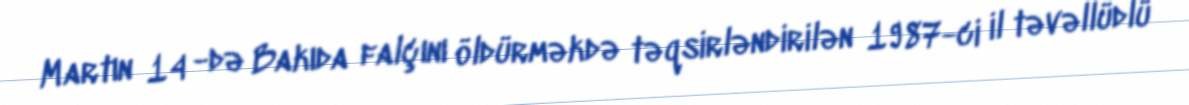
Martın 14 -də Bakıda falçını öldürməkdə təqsirləndirilən 1987-ci il təvəllüdlü